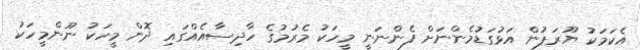
އެކަމަކު ޔޫރަޕުން އަޅުގަޑުމެންނަށް ފެންނަނީ މީހަކު މެރުމުގެ ހާދިސާއެއްގައި ދޮން މީހަކު ނޫންމީހަކު